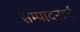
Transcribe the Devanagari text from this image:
सम्पादनार्थ